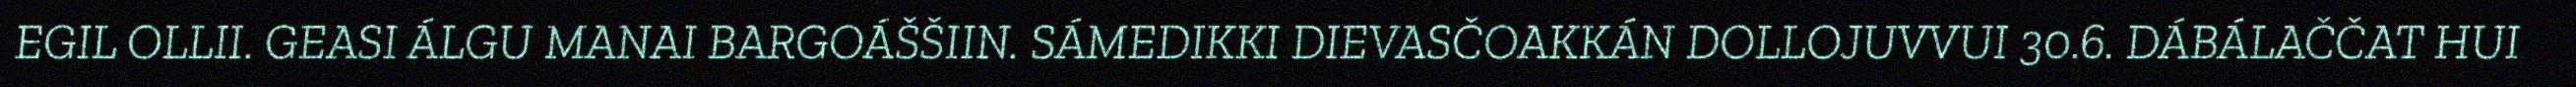
EGIL OLLII. GEASI ÁLGU MANAI BARGOÁŠŠIIN. SÁMEDIKKI DIEVASČOAKKÁN DOLLOJUVVUI 30.6. DÁBÁLAČČAT HUI